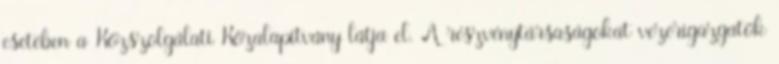
esetében a Közszolgálati Közalapítvány látja el. A részvénytársaságokat vezérigazgatók